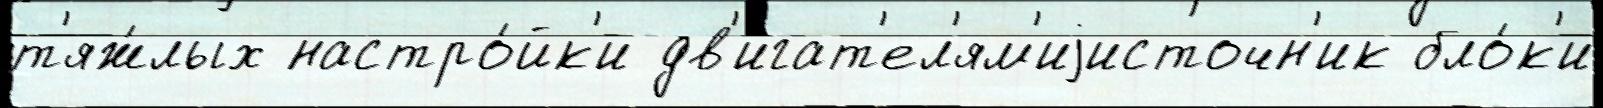
т'яж́лых настро́йк'и дв'игат'ел'ям'иjисточн'ик бло́к'и